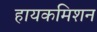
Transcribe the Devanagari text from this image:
हायकमिशन